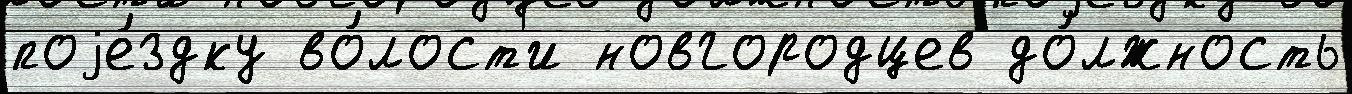
поjе́здку во́лост'и новгородцев до́лжность